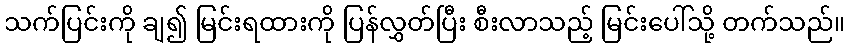
သက်ပြင်းကို ချ၍ မြင်းရထားကို ပြန်လွှတ်ပြီး စီးလာသည့် မြင်းပေါ်သို့ တက်သည်။